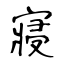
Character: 寢